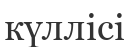
күллісі